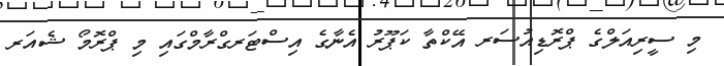
މި ސީރިއަލްގެ ޕްރޮޑިއުސަރ އޭކްތާ ކަޕޫރު އެނާގެ އިސްޓަރގްރާމްގައި މި ޕްރޮމޯ ޝެއަރ